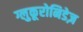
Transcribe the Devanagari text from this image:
ग्लुकूरोनिडेज़